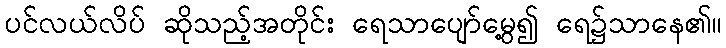
ပင်လယ်လိပ် ဆိုသည့်အတိုင်း ရေသာပျော်မွေ့၍ ရေ၌သာနေ၏။